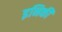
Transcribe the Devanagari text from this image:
इनिकी